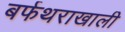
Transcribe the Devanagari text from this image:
बर्फथराखाली